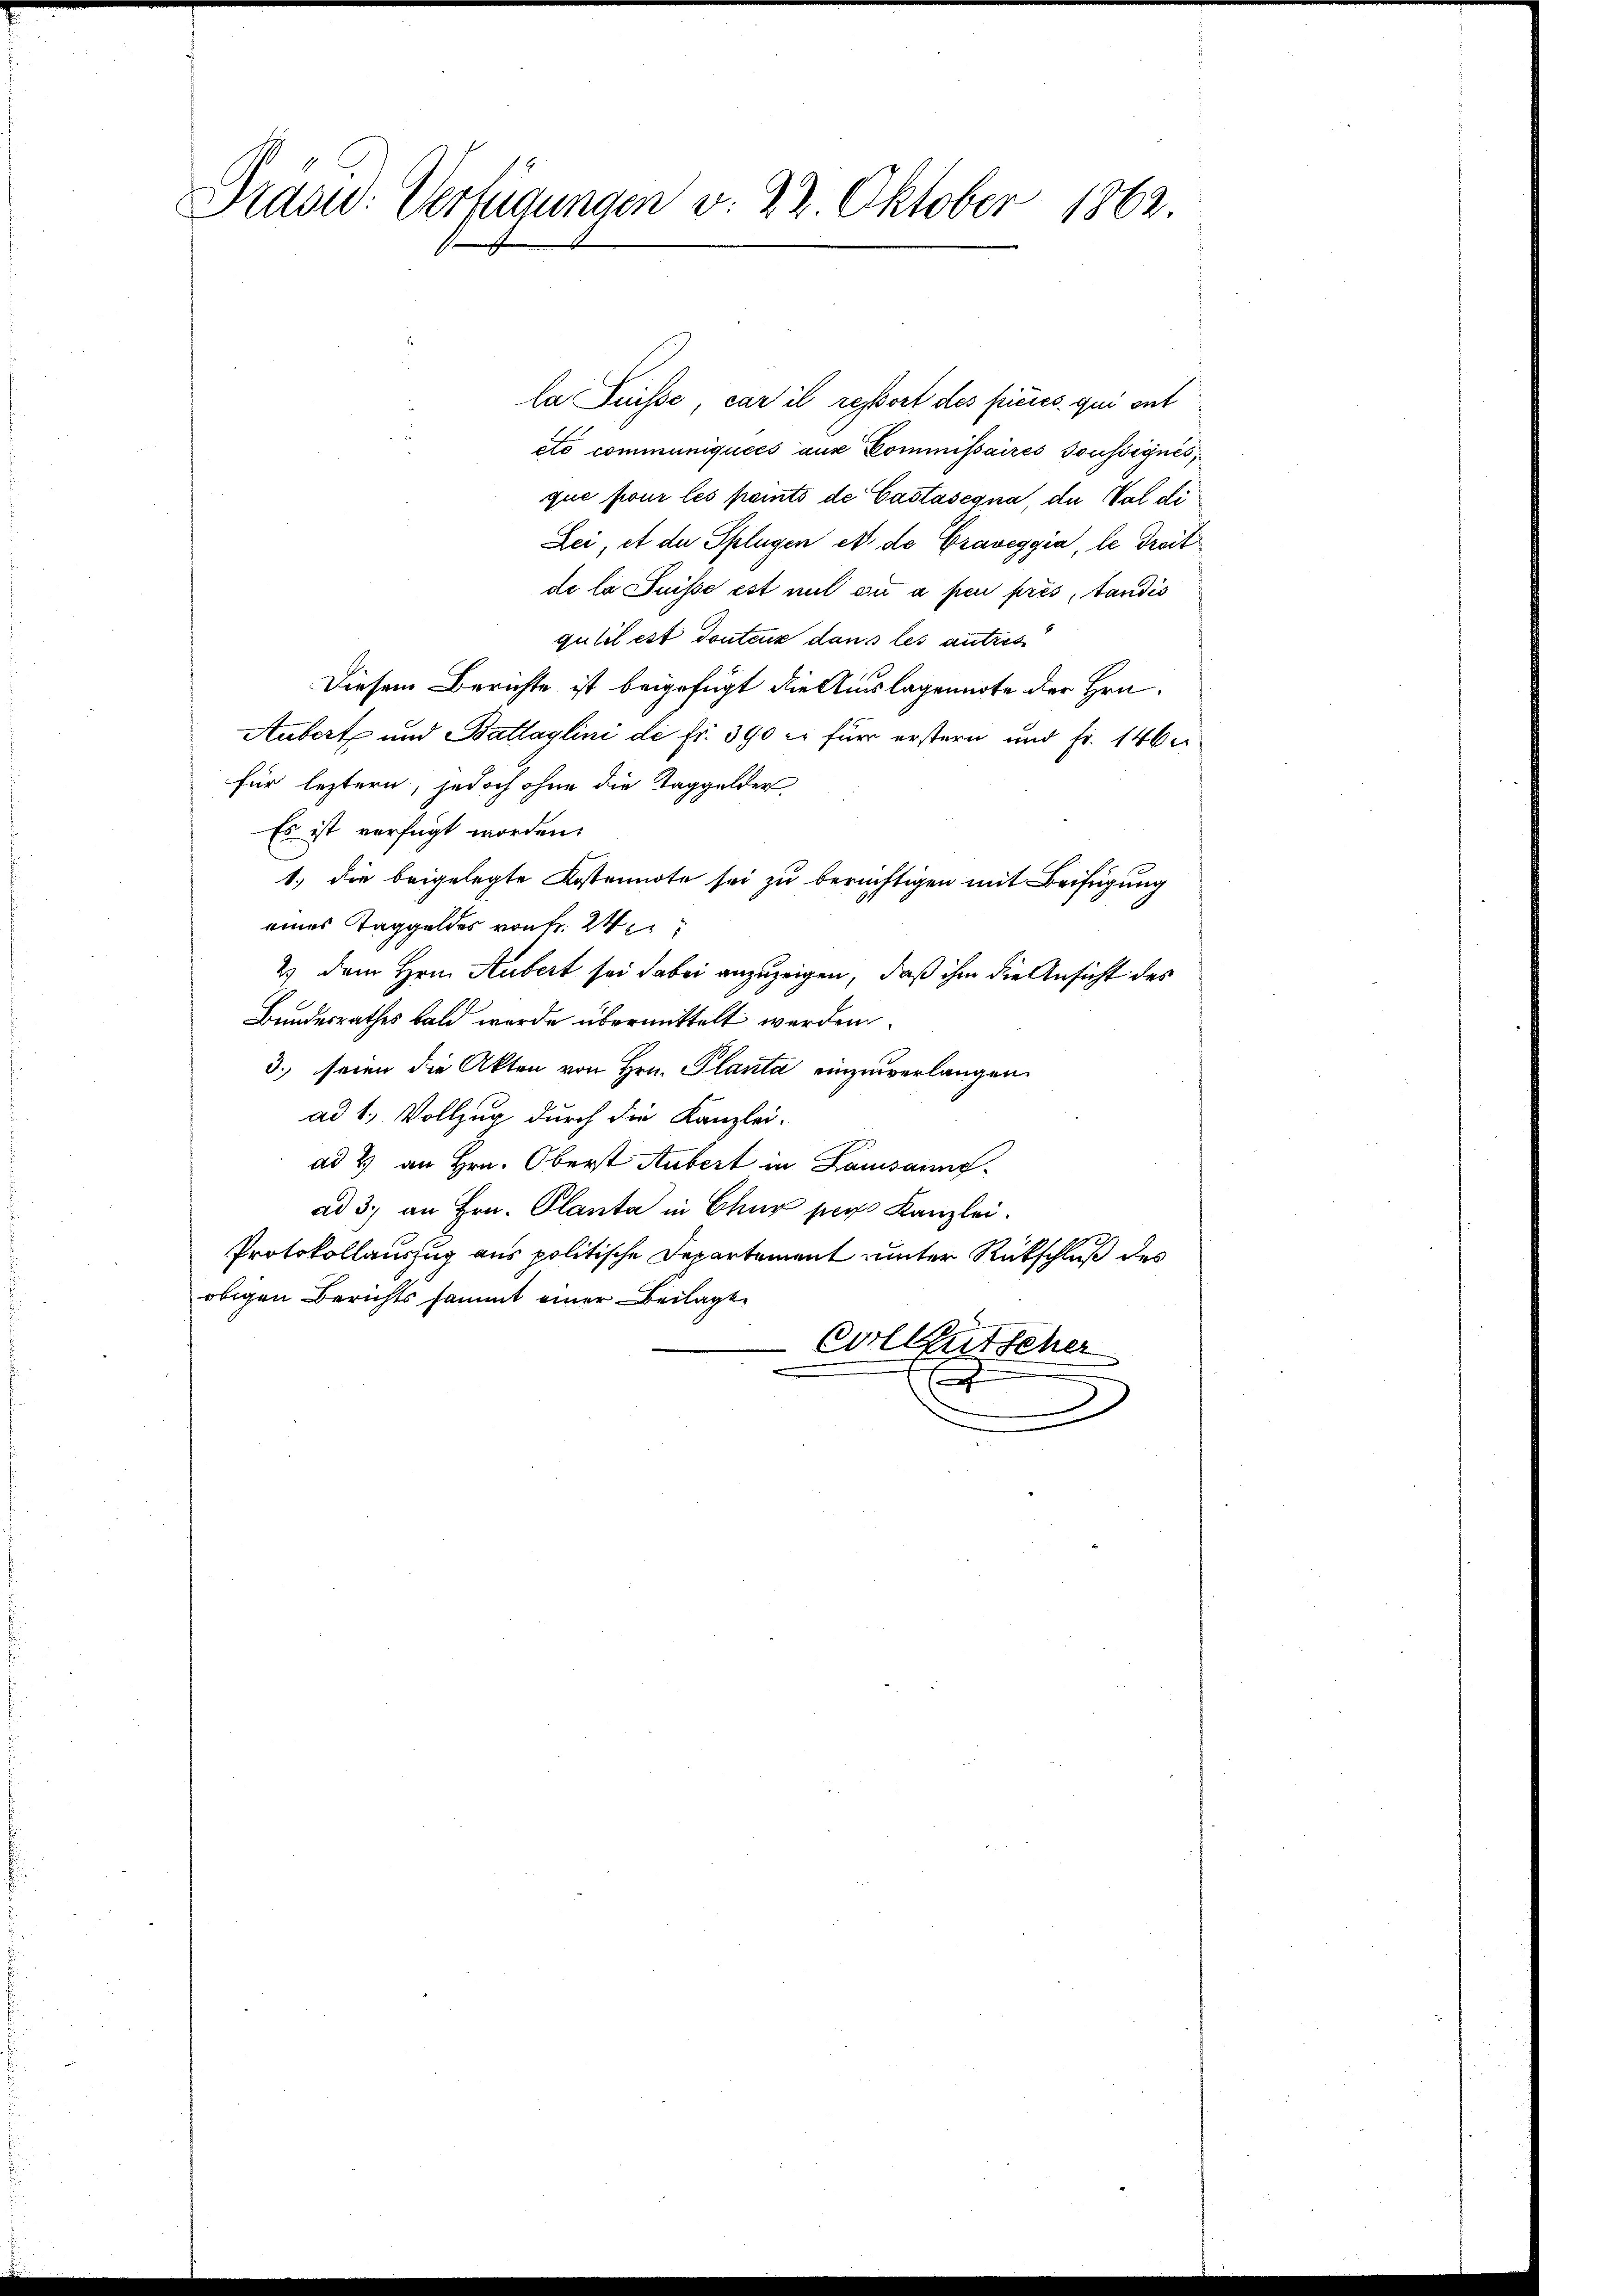
Prasw: Verfügungen v. 22. Oktober 1862.

eto communiquées aus Commissaires Toussignés,
que four les peints de Castasegna, du Val di
Lei, et der Splügen et de Graveggia, le Treit
de la Suisse est mit ou à per prés, tandis
gutil est douteur dans les autres
Diesem Berichte ist beigefügt die Auslagennote der Hrn.
Aubert und Battaglini de fr. 390 er für erstern und Fr. 146.
für leztern, jedoch ohne die Taggelder,
Es ist verfügt worden.
1.) die beigelegte Kostennote sei zu berüchtigen mit Beifügung
eines Taggeldes von Fr. 24
2) dem Hrn. Aubert sei dabei anzuzeigen, daß ihm die Ansicht des
Bundesrathes bald wurde übermittelt werden
3. seien die Akten von Hrn. Planta einzuverlangen.
ad 1. Vollzug durch die Kanzlei-
ad 2. an Hrn. Oberst Aubert in Lausannead 3. an Hrn. Planta in Chur per Kanzlei.
Protokollauszug aus politische Departement unter Rückschluß des
obigen Berichts sammt einer Beilage
Vorleutscher
x

la Puisse, car il resport des pieces qui ent